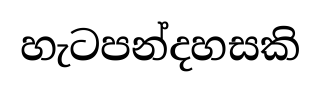
හැටපන්දහසකි